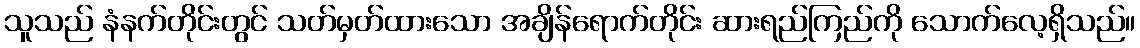
သူသည် နံနက်တိုင်းတွင် သတ်မှတ်ထားသော အချိန်ရောက်တိုင်း ဆားရည်ကြည်ကို သောက်လေ့ရှိသည်။